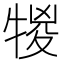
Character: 𤚠